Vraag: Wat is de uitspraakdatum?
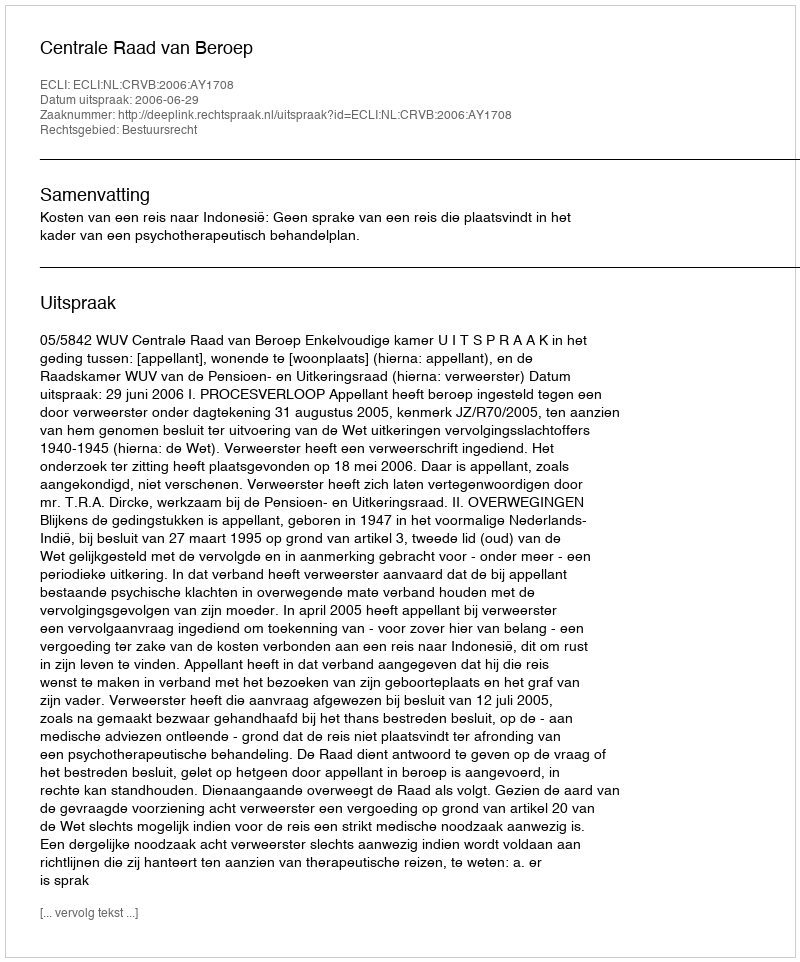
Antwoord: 2006-06-29